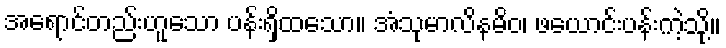
အရောင်တည်းဟူသော ပန်းရှိထသော။ အံသုမာလိနမိဝ၊ ဖယောင်းပန်းကဲ့သို့။